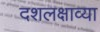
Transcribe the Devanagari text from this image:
दशलक्षाव्या